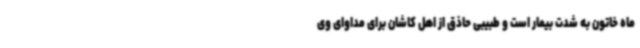
ماه خاتون به شدت بیمار است و طبیبی حاذق از اهل کاشان برای مداوای وی